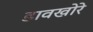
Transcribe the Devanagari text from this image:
डावखोरे